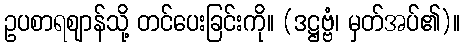
ဥပစာရဈာန်သို့ တင်ပေးခြင်းကို။ (ဒဋ္ဌဗ္ဗံ၊ မှတ်အပ်၏)။